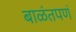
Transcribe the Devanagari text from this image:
बाळंतपणं